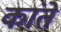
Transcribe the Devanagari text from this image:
कांते